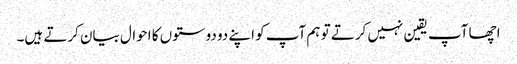
اچھا آپ یقین نہیں کرتے تو ہم آپ کو اپنے دو دوستوں کا احوال بیان کرتے ہیں۔